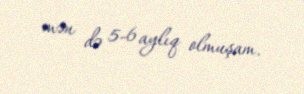
mən də 5-6 aylıq olmuşam.